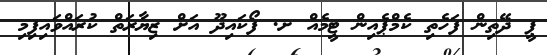
ޕީ ދޭތިން ފަހެތި ކެމްޕެއިން ޓީމެއް ށ. ފޯކައިދޫ އަށް ޒިޔާރަތް ކުރައްވައިފިމި